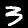
Label: 3